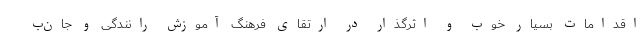
اقدامات بسیار خوب و اثرگذار در ارتقای فرهنگ آموزش رانندگی و جان‌ب